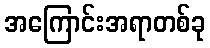
အကြောင်းအရာတစ်ခု